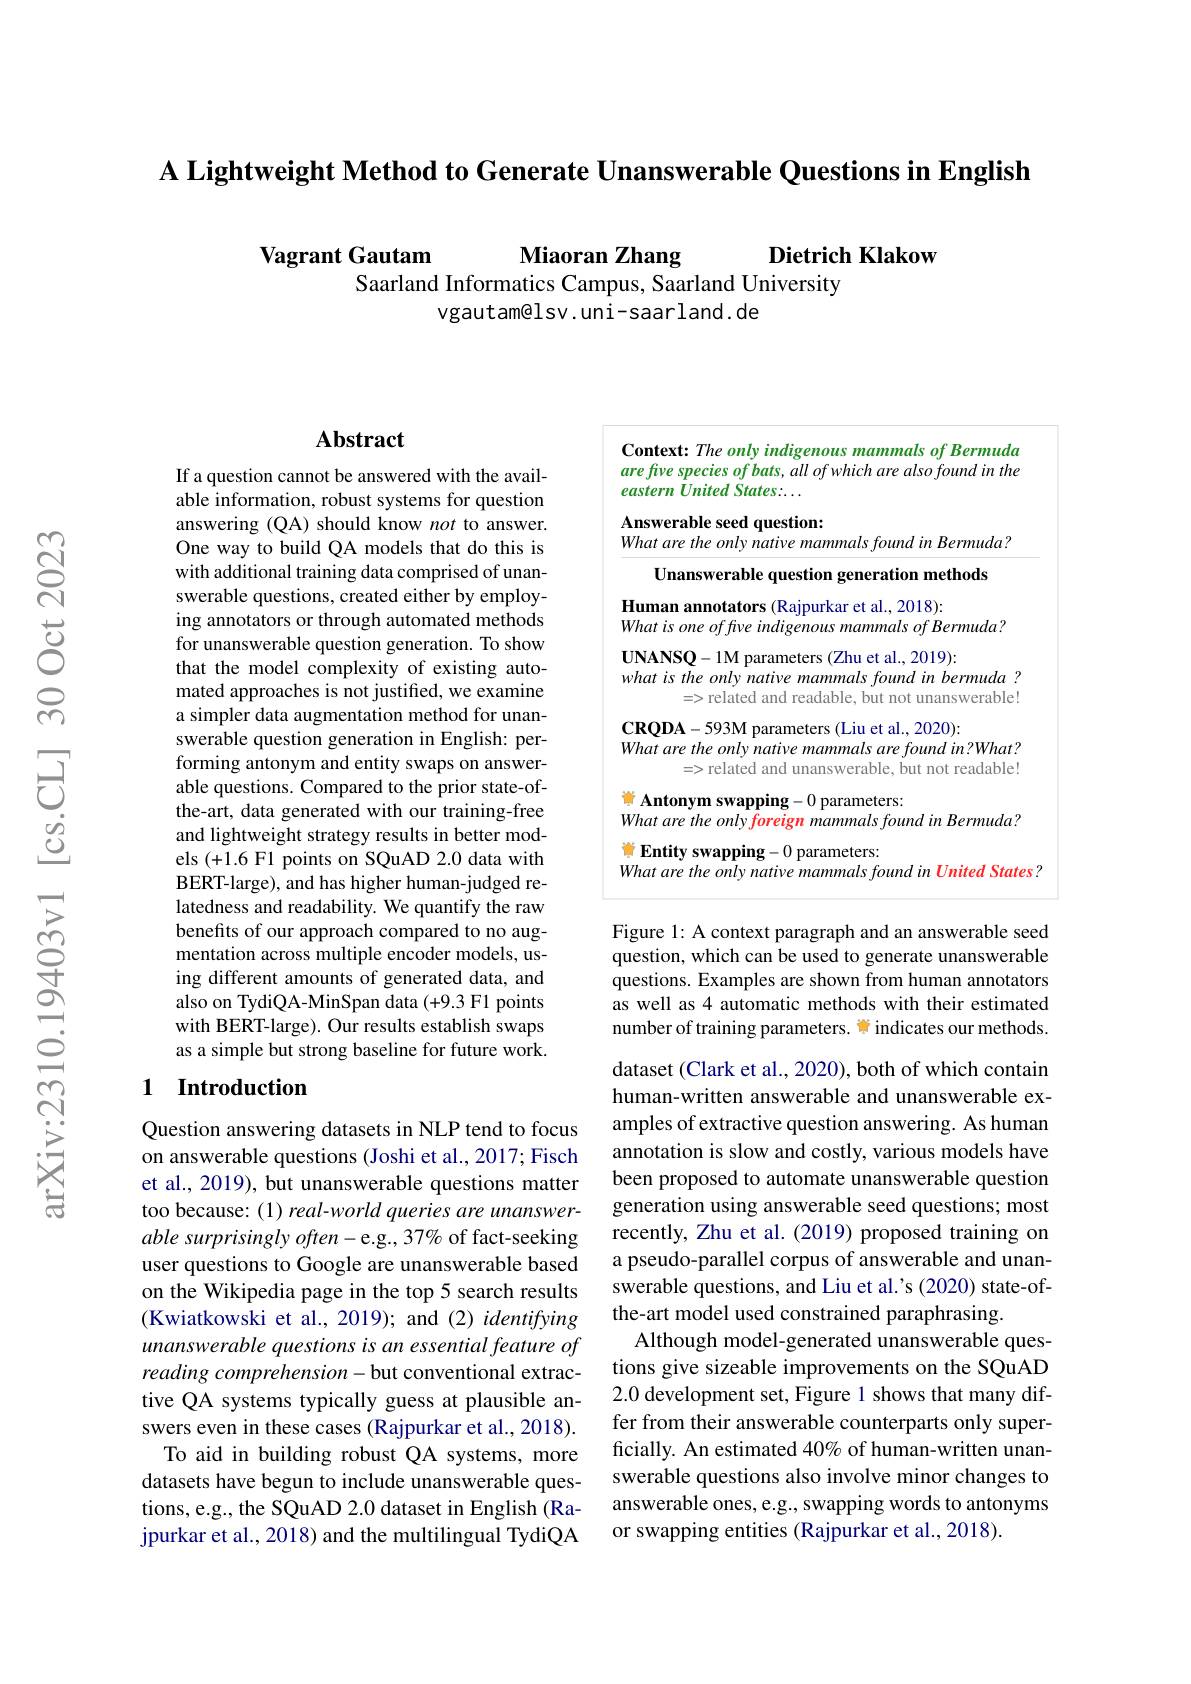
A Lightweight Method to Generate Unanswerable Questions in English

Miaoran Zhang

Dietrich Klakow

Vagrant Gautam

Saarland Informatics Campus, Saarland University
vgautam@lsv.uni-saarland.de

## Abstract

If a question cannot be answered with the available information, robust systems for question answering (QA) should know not to answer. One way to build QA models that do this is with additional training data comprised of unanswerable questions, created either by employing annotators or through automated methods for unanswerable question generation. To show that the model complexity of existing automated approaches is not justified, we examine a simpler data augmentation method for unanswerable question generation in English: performing antonym and entity swaps on answerable questions. Compared to the prior state-ofthe-art, data generated with our training-free and lightweight strategy results in better models (+1.6 F1 points on SQuAD 2.0 data with BERT-large), and has higher human-judged relatedness and readability. We quantify the raw benefits of our approach compared to no augmentation across multiple encoder models, using different amounts of generated data, and also on TydiQA-MinSpan data (+9.3 F1 points with BERT-large). Our results establish swaps as a simple but strong baseline for future work.

### 1 Introduction

Question answering datasets in NLP tend to focus on answerable questions (Joshi et al., 2017; Fisch et al., 2019), but unanswerable questions matter too because: (1) real-world queries are unanswer- $able\textit{ surprisingly often- e. g. , 37\% of fact- seeking}$ user questions to Google are unanswerable based on the Wikipedia page in the top 5 search results $(\tilde{\text{Kwiatkowski et al., 2019); and (2) identifying}}$ unanswerable questions is an essential feature of reading comprehension-but conventional extractive QA systems typically guess at plausible answers even in these cases (Rajpurkar et al., 2018).
To aid in building robust QA systems, more datasets have begun to include unanswerable questions, e.g., the SQuAD 2.0 dataset in English (Rajpurkar et al., 2018) and the multilingual TydiQA

Context: The only indigenous mammals of Bermuda are five species of bats, all of which are also found in the eastern United States:...

Answerable seed question:
What are the only native mammals found in Bermuda?
Unanswerable question generation methods
Human annotators (Rajpurkar et al., 2018):
What is one of five indigenous mammals of Bermuda?
$\mathbf{UNANSQ-1M}$ parameters (Zhu et al., 2019):
what is the only native mammals found in bermuda ?
=>related and readable, but not unanswerable!
$\mathbf{CRQDA-593M~parameters~(Liu~et~al.,~2020):}$
What are the only native mammals are found in?What?
=>related and unanswerable, but not readable!
首 Antonym swapping-0 parameters:
What are the only foreign mammals found in Bermuda?
首 Entity swapping-0 parameters:

What are the only native mammals found in United States ?

Figure 1: A context paragraph and an answerable seed question, which can be used to generate unanswerable questions. Examples are shown from human annotators as well as 4 automatic methods with their estimated number of training parameters. W indicates our methods.

dataset (Clark et al., 2020), both of which contain human-written answerable and unanswerable examples of extractive question answering. As human annotation is slow and costly, various models have been proposed to automate unanswerable question generation using answerable seed questions; most recently, Zhu et al. (2019) proposed training on a pseudo-parallel corpus of answerable and unanswerable questions, and Liu et al.'s (2020) state-ofthe-art model used constrained paraphrasing
Although model-generated unanswerable questions give sizeable improvements on the SQuAD 2.0 development set, Figure 1 shows that many differ from their answerable counterparts only superficially. An estimated 40% of human-written unanswerable questions also involve minor changes to answerable ones, e.g., swapping words to antonyms or swapping entities (Rajpurkar et al., 2018).